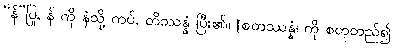
“န်”ပြု, န် ကို နံသို့ ကပ်, တိဿန္နံ ပြီး၏။ [စတဿန္နံ၊ ကို စတုတည်၍